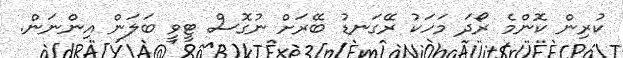
ކުރިން ކޮންމެ ރޯދަ މަހަކު ރޭގަނޑު ބޭރަށް ނުގޮސް ޓީވީ ބަލަން އިންނަން.